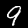
Digit: 9